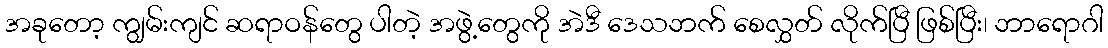
အခုတော့ ကျွမ်းကျင် ဆရာဝန်တွေ ပါတဲ့ အဖွဲ့တွေကို အဲဒီ ဒေသဘက် စေလွှတ် လိုက်ပြီ ဖြစ်ပြီး၊ ဘာရောဂါ